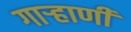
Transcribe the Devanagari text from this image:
गाऱ्हाणी